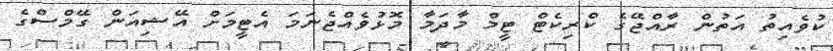
ކުވެއިތު އަތުން ރާއްޖޭގެ ކްރިކެޓް ޓީމް މާދަމާ މޮޅުވެއްޖެނަމަ އެޓީމަށް އޭޝިއަން ގޭމްސްގެ